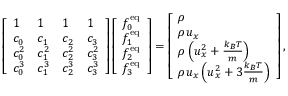
\left[ \begin{array} { l l l l } { 1 } & { 1 } & { 1 } & { 1 } \\ { c _ { 0 } } & { c _ { 1 } } & { c _ { 2 } } & { c _ { 3 } } \\ { c _ { 0 } ^ { 2 } } & { c _ { 1 } ^ { 2 } } & { c _ { 2 } ^ { 2 } } & { c _ { 3 } ^ { 2 } } \\ { c _ { 0 } ^ { 3 } } & { c _ { 1 } ^ { 3 } } & { c _ { 2 } ^ { 3 } } & { c _ { 3 } ^ { 3 } } \end{array} \right] \left[ \begin{array} { l } { f _ { 0 } ^ { \mathrm { e q } } } \\ { f _ { 1 } ^ { \mathrm { e q } } } \\ { f _ { 2 } ^ { \mathrm { e q } } } \\ { f _ { 3 } ^ { \mathrm { e q } } } \end{array} \right] = \left[ \begin{array} { l } { \rho } \\ { \rho u _ { x } } \\ { \rho \left( u _ { x } ^ { 2 } + \frac { k _ { B } T } { m } \right) } \\ { \rho u _ { x } \left( u _ { x } ^ { 2 } + 3 \frac { k _ { B } T } { m } \right) } \end{array} \right] ,